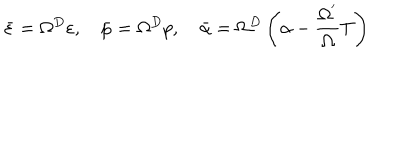
LaTeX: \bar { \varepsilon } = \Omega ^ { D } \varepsilon , \quad \bar { p } = \Omega ^ { D } p , \quad \bar { \alpha } = \Omega ^ { D } \left( \alpha - \frac { \Omega ^ { ^ { \prime } } } \Omega T \right)